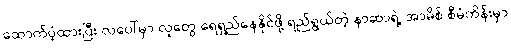
ထောက်ပံ့ထားပြီး လပေါ်မှာ လူတွေ ရေရှည်နေနိုင်ဖို့ ရည်ရွယ်တဲ့ နာဆာရဲ့ အာမိစ် စီမံကိန်းမှာ